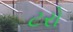
ટરો